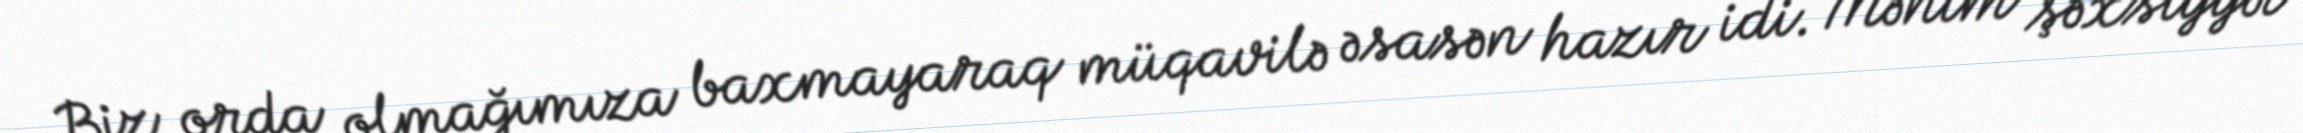
Biz orda olmağımıza baxmayaraq müqavilə əsasən hazır idi. Mənim şəxsiyyət